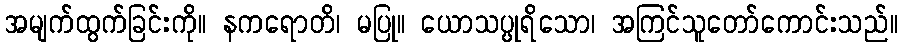
အမျက်ထွက်ခြင်းကို။ နကရောတိ၊ မပြု။ ယောသပ္ပုရိသော၊ အကြင်သူတော်ကောင်းသည်။